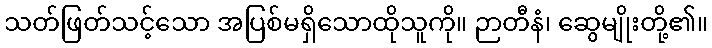
သတ်ဖြတ်သင့်သော အပြစ်မရှိသောထိုသူကို။ ဉာတီနံ၊ ဆွေမျိုးတို့၏။